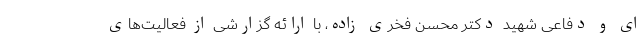
ای و دفاعی شهید دکتر محسن فخری زاده، با ارائه گزارشی از فعالیت‌های